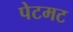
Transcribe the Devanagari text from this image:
पेटमट